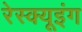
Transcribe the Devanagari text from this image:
रेस्‍क्‍यूइंग